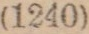
(1240)